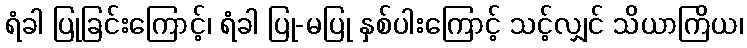
ရံခါ ပြုခြင်းကြောင့်၊ ရံခါ ပြု-မပြု နှစ်ပါးကြောင့် သင့်လျှင် သိယာကြိယ၊